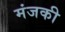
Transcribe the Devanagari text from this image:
मंजकी